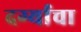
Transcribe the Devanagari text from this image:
दर्ग्याचा